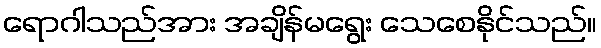
ရောဂါသည်အား အချိန်မရွေး သေစေနိုင်သည်။